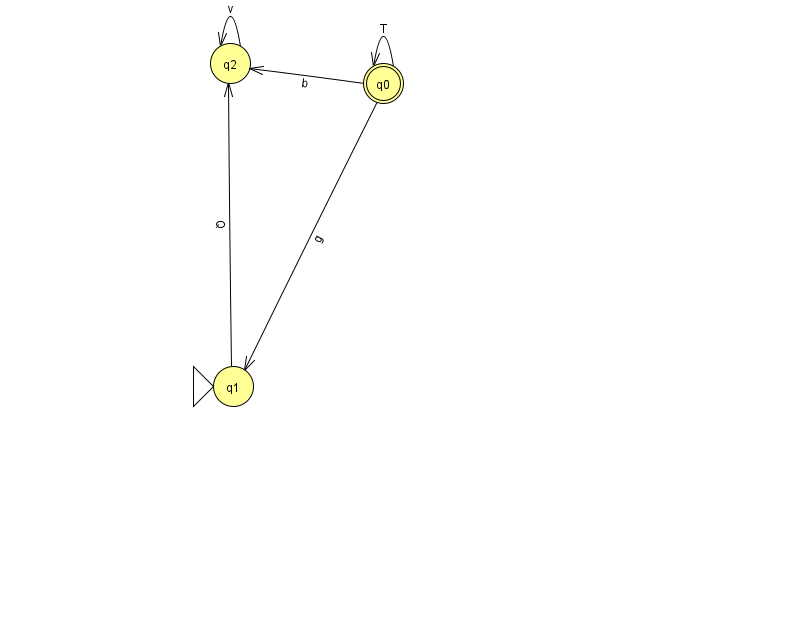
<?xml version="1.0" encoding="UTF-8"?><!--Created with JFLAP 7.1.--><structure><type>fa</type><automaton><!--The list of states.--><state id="0" name="q0"><x>383.0</x><y>70.0</y><final/></state><state id="1" name="q1"><x>233.0</x><y>373.0</y><initial/></state><state id="2" name="q2"><x>230.0</x><y>50.0</y></state><!--The list of transitions.--><transition><from>0</from><to>0</to><read>T</read></transition><transition><from>1</from><to>2</to><read>Q</read></transition><transition><from>2</from><to>2</to><read>v</read></transition><transition><from>0</from><to>2</to><read>b</read></transition><transition><from>0</from><to>1</to><read>g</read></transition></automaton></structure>